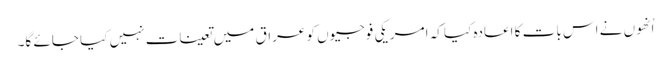
اُنھوں نے اس بات کا اعادہ کیا کہ امریکی فوجیوں کو عراق میں تعینات نہیں کیا جائے گا۔